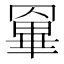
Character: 𦌎